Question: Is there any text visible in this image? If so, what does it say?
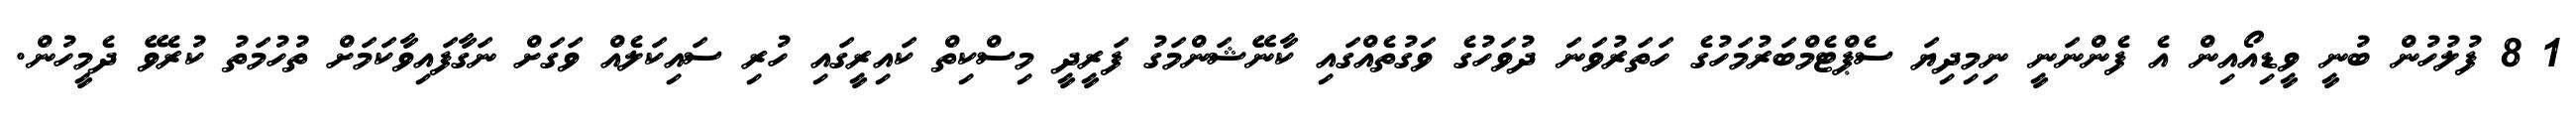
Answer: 1 8 ފުލުހުން ބުނީ ވީޑިއޯއިން އެ ފެންނަނީ ނިމިދިޔަ ސެޕްޓެމްބަރުމަހުގެ ހަތަރުވަނަ ދުވަހުގެ ވަގުތެއްގައި ކާނޭޝަންމަގު ފަރީދީ މިސްކިތް ކައިރީގައި ހުރި ސައިކަލެއް ވަގަށް ނަގާފައިވާކަމަށް ތުހުމަތު ކުރެވޭ ދެމީހުން.